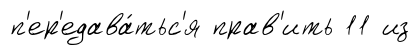
п'ер'едава́тьс'я прав'ить 11 из